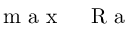
\mathrm { ~ m ~ a ~ x ~ } \, \mathrm { ~ \textit ~ { ~ R ~ a ~ } ~ }